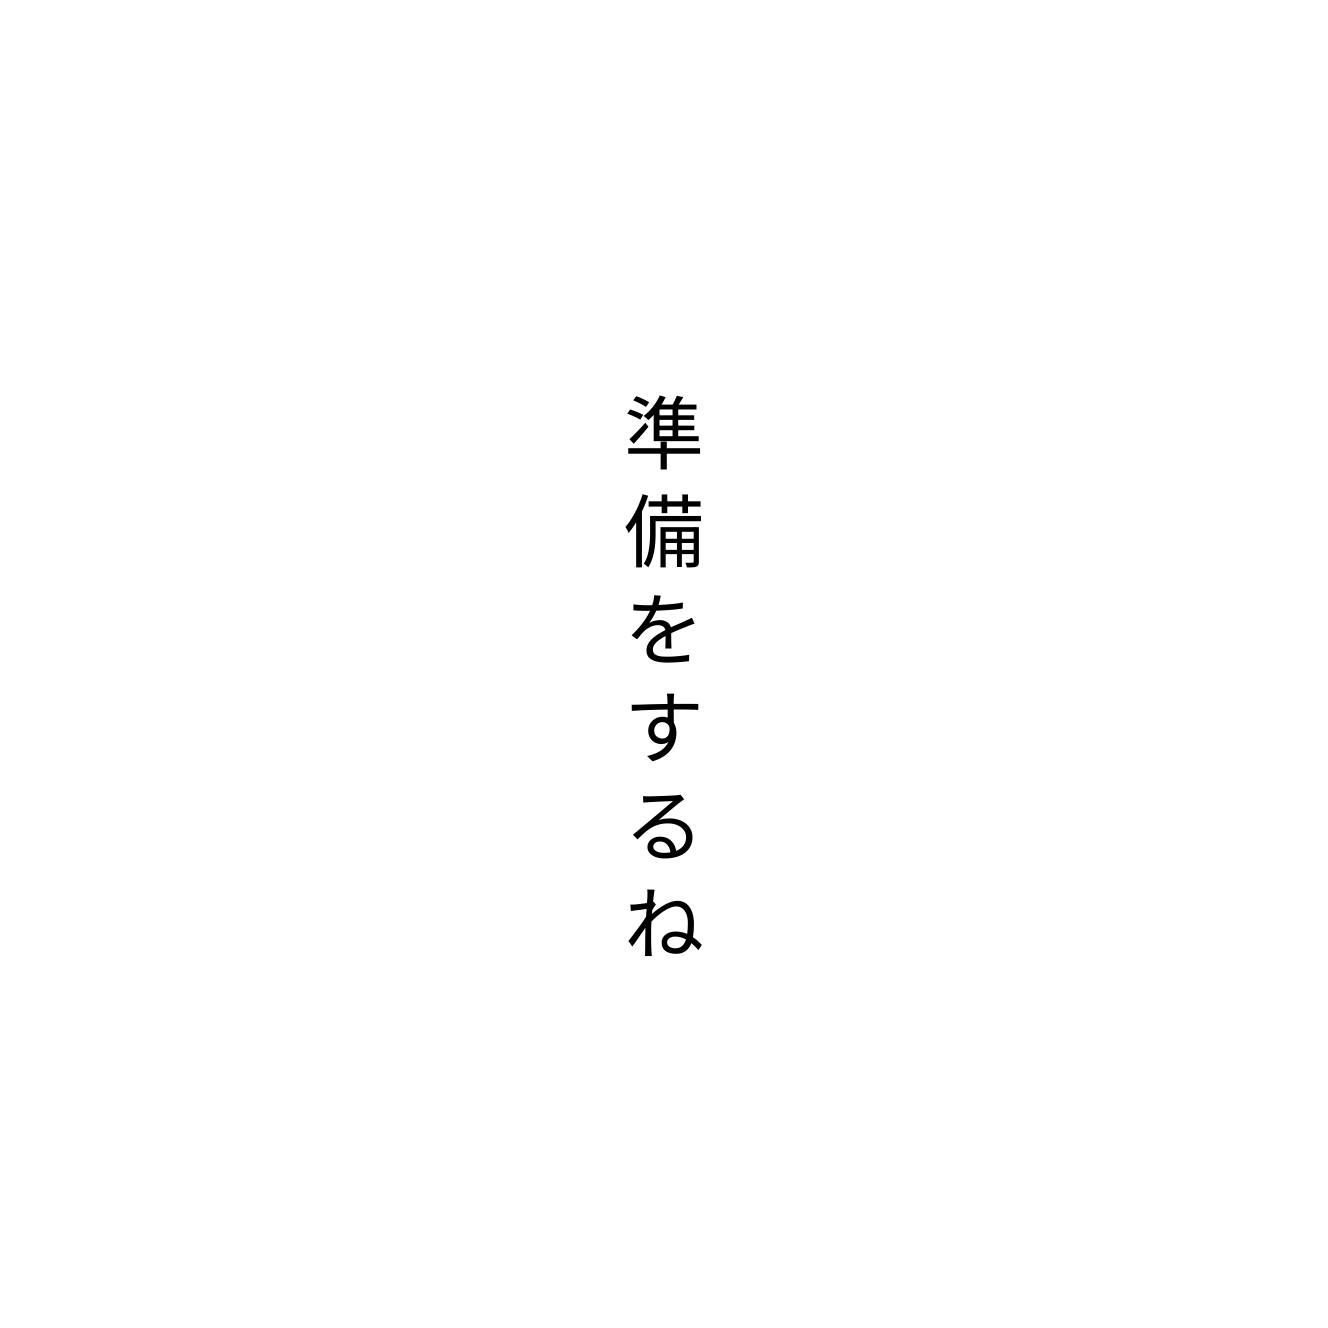
準備をするね